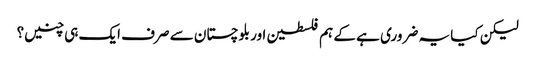
لیکن کیا یہ ضروری ہے کے ہم فلسطین اور بلوچستان سے صرف ایک ہی چنیں؟